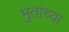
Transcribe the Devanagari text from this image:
भुतांच्या